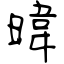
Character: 暐